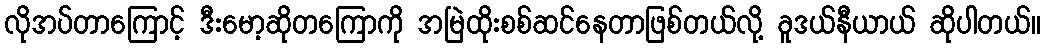
လိုအပ်တာကြောင့် ဒီးမော့ဆိုတကြောကို အမြဲထိုးစစ်ဆင်နေတာဖြစ်တယ်လို့ ခူဒယ်နီယာယ် ဆိုပါတယ်။